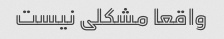
واقعا مشکلی نیست